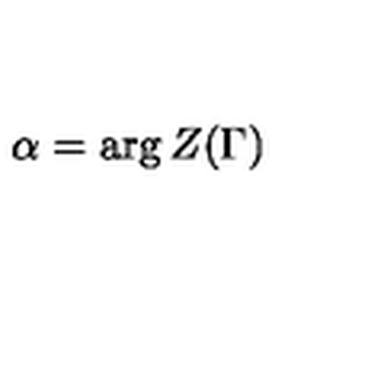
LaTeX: \alpha = \arg Z ( \Gamma )